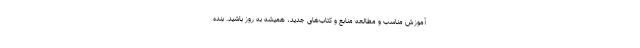
آموزش مناسب و مطالعه منابع و کتاب‌های جدید، همیشه به روز باشید. بنده